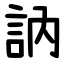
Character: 訥